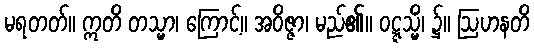
မရတတ်။ ဣတိ တသ္မာ၊ ကြောင့်။ အဝိဇ္ဇာ၊ မည်၏။ ဝဋ္ဋသ္မိံ၊ ၌။ ဩဟနတိ